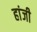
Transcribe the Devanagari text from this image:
हांजी